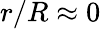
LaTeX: r/R\approx 0